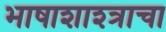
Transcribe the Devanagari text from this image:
भाषाशाश्त्राचा